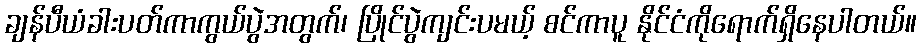
ချန်ပီယံခါးပတ်ကာကွယ်ပွဲအတွက်၊ ပြိုင်ပွဲကျင်းပမယ့် စင်ကာပူ နိုင်ငံကိုရောက်ရှိနေပါတယ်။